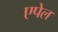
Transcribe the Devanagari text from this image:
एपेल